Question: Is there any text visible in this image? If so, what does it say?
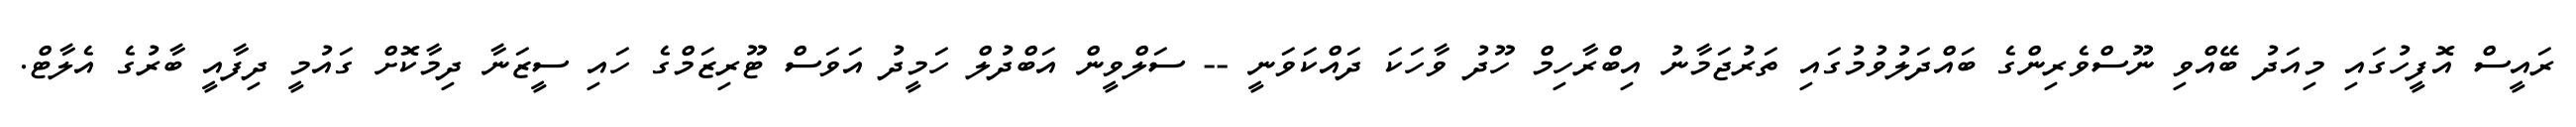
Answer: ރައީސް އޮފީހުގައި މިއަދު ބޭއްވި ނޫސްވެރިންގެ ބައްދަލުވުމުގައި ތަރުޖަމާނު އިބްރާހިމް ހޫދު ވާހަކަ ދައްކަވަނީ -- ސަލްވީން އަބްދުލް ހަމީދު އަވަސް ޓޫރިޒަމްގެ ހައި ސީޒަނާ ދިމާކޮށް ގައުމީ ދިފާއީ ބާރުގެ އެލާޓް.